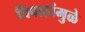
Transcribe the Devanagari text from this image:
विवाहांमुळे